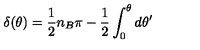
\delta ( \theta ) = \frac 1 2 n _ { B } \pi - \frac 1 2 \int _ { 0 } ^ { \theta } d \theta ^ { \prime }